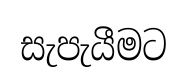
සැපැයීමට